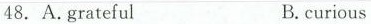
48. A.grateful B.curious